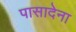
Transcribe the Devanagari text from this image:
पासादेना